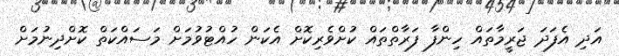
އަދި އެފަދަ ޖަރީމާތައް ހިންފާ ފަރާތްތައް ކުށްވެރިކޮށް އެކަން ހުއްޓުވުމަށް މަސައްކަތް ކޮށްދިނުމަށް